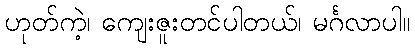
ဟုတ်ကဲ့၊ ကျေးဇူးတင်ပါတယ်၊ မင်္ဂလာပါ။